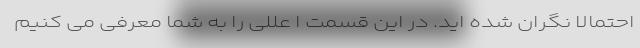
احتمالاً نگران شده اید. در این قسمت ا عللی را به شما معرفی می کنیم